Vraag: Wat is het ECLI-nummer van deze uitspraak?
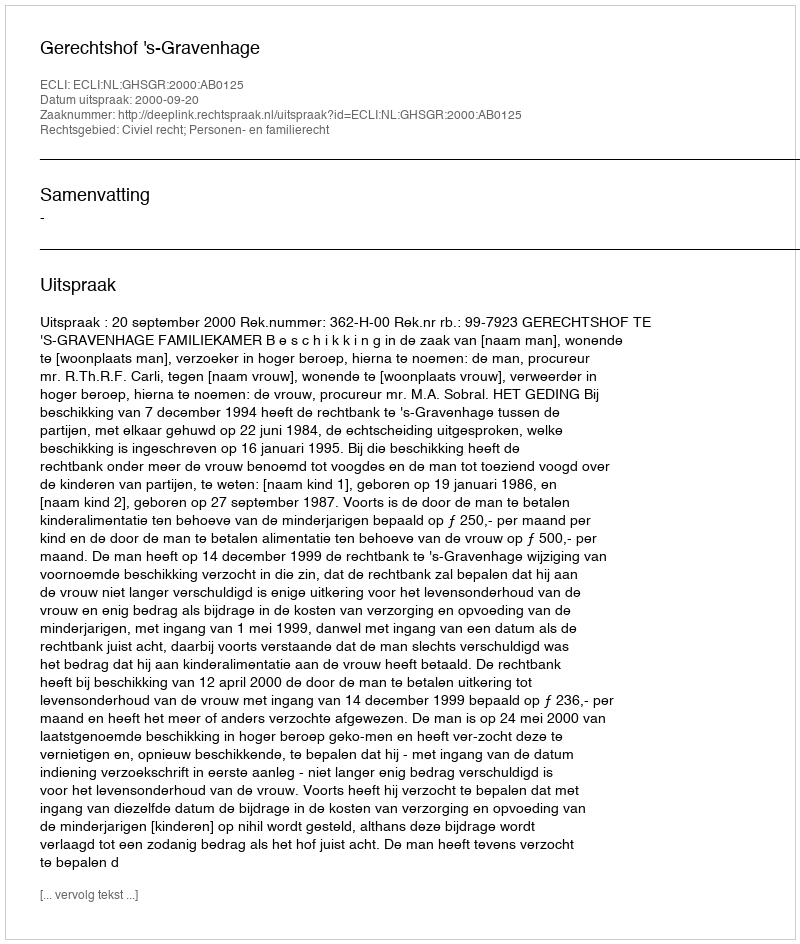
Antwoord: ECLI:NL:GHSGR:2000:AB0125